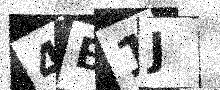
Text: 4B1J